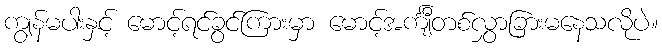
ကျွန်မပါးနှင့် မောင့်ရင်ခွင်ကြားမှာ မောင့်အင်္ကျီတစ်လွှာခြားမနေသလိုပဲ။